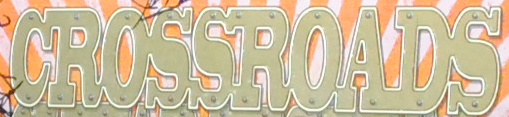
CROSSROADS